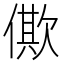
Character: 僛